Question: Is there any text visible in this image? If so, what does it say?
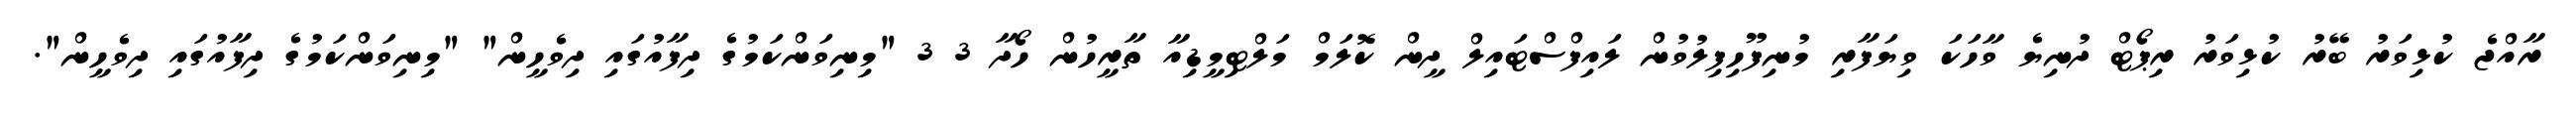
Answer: ރާއްޖެ ކުޅިވަރު ބޭރު ކުޅިވަރު ރިޕޯޓް ދުނިޔެ ވާހަކަ ވިޔަފާރި މުނިފޫހިފިލުވުން ލައިފްސްޓައިލް ދީން ކޮލަމް މަލްޓިމީޑިއާ ތާރީހުން ހޯދާ 3 3 "މިނިވަންކަމުގެ ދިފާއުގައި ދިވެހީން" "މިނިވަންކަމުގެ ދިފާއުގައި ދިވެހީން".